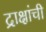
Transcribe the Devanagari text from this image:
द्राक्षांची